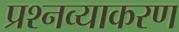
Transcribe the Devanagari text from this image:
प्रश्नव्याकरण